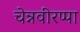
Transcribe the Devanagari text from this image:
चेन्नवीरप्पा